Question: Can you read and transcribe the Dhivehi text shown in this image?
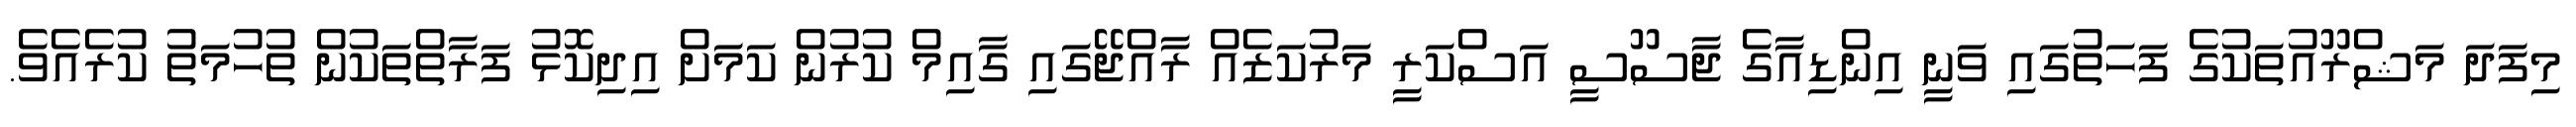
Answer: މިފަދަ މަޝްރޫއުތަކުގެ ފަހަތުގައި ވަނީ އިންޑިއާގެ ޖާސޫސީ އަސްކަރީ މަރުކަޒެއް ރާއްޖޭގައި ގާއިމް ކުރުން ކަމަށް އިދިކޮޅު ފަރާތްތަކުން ތުހުމަތު ކުރެއެވެ.